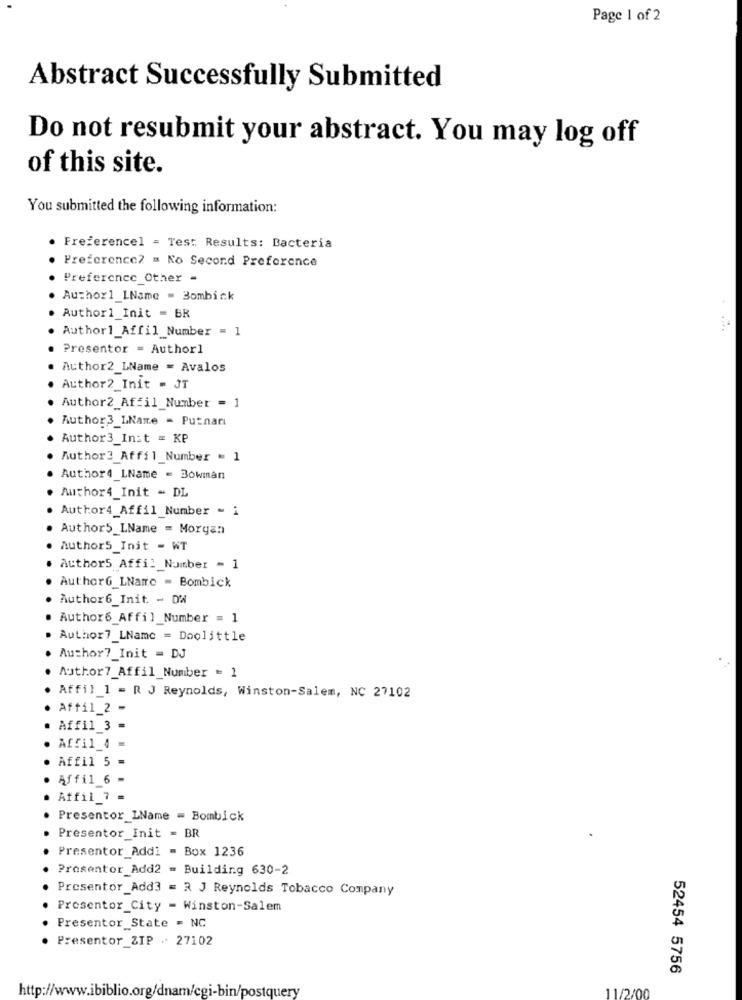
Page 1 of 2
Abstract Successfully Submitted
Do not resubmit your abstract. You may log off
of this site.
You submitted the following information:
Freferencel = Test Results: Bacteria
Preference2 = No Second Preference
Preference_Other -
Author1_LName = Bombick
Author1_Init = BR
Author1_Affil_Number = 1
Presentor = Author]
Author2_LName = Avalos
Author2_Init = JT
Author2_Affil_Number = 1
Author3_LName - Putnar
Author3_Init = KP
Author3_Affil_Number = 1
Author4_LName = Bowman
Author4_Init - DL
Author4_Affil_Number - i
Author5 LName = Morgan
Author5_Init - WT
Author5 Affil_Number = 1
. AuthorG_LName = Bombick
Author6_Init. - DW
Author6_Affil_Number = 1
Author7_LName = Doolittle
Author ?_ Init = DJ
Author7_Affil_Number = 1
Affil_1 = R J Reynolds, Winston-Salem, NC 27102
Affil_2 -
Affil_3 =
Affil_4 =
Affil 5 =
Affil 6 -
Affil_7 =
Presentor LName = Bombick
Presentor_Init = BR
Presentor_Addi = Box 1236
Prosentor Add2 = Building 630-2
Presentor_Add3 = R J Reynolds Tobacco Company
Presentor_City - Winston-Salem
Presentor_State = NC
Presentor_ZIP - 27102
52454 5756
11/2/00
http://www.ibiblio.org/dnam/cgi-bin/postquery